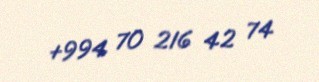
+994 70 216 42 74